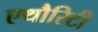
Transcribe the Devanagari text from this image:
एथौरिटी